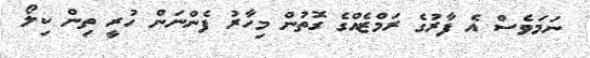
ނަމަވެސް އެ ފާރުގެ ރަމްޒެއްގެ ގޮތުން މިހާރު ފެންނަން ހުރީ ތިން ކިލޯ